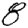
Digit: 8